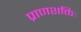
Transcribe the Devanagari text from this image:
प्राणशक्तिः